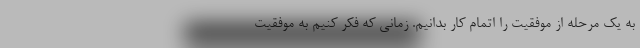
به یک مرحله از موفقیت را اتمام کار بدانیم. زمانی که فکر کنیم به موفقیت